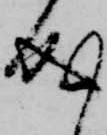
成